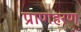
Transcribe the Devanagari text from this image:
प्राणहरण